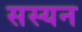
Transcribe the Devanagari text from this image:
सस्यन